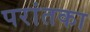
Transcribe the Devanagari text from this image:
परांतका